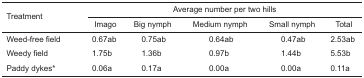
<table><thead><tr><td rowspan="3"><b>Treatment</b></td><td colspan="5"><b>Average number per two hills</b></td></tr><tr><td><b>Imago</b></td><td><b>Big nymph</b></td><td><b>Medium nymph</b></td><td><b>Small nymph</b></td><td><b>Total</b></td></tr></thead><tbody><tr><td>Weed-free field</td><td>0.67ab</td><td>0.75ab</td><td>0.64ab</td><td>0.47ab</td><td>2.53ab</td></tr><tr><td>Weedy field</td><td>1.75b</td><td>1.36b</td><td>0.97b</td><td>1.44b</td><td>5.53b</td></tr><tr><td>Paddy dykes*</td><td>0.06a</td><td>0.17a</td><td>0.00a</td><td>0.00a</td><td>0.11a</td></tr></tbody></table>